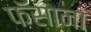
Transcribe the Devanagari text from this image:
फॅसाना